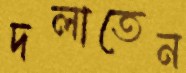
দলাতেন